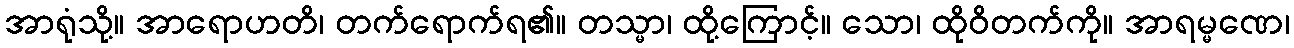
အာရုံသို့။ အာရောဟတိ၊ တက်ရောက်ရ၏။ တသ္မာ၊ ထို့ကြောင့်။ သော၊ ထိုဝိတက်ကို။ အာရမ္မဏေ၊